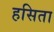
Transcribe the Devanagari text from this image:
हसिता